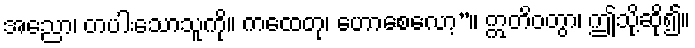
အညော၊ တပါးသောသူကို။ ကထေတု၊ ဟောစေလော့”။ ဣတိဝတွာ၊ ဤသို့ဆို၍။